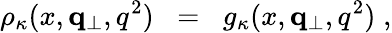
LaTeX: \rho_{\kappa}(x,{\mathbf q}_{\perp},q^{2})\; \; =\; \; g_{\kappa}(x,{\mathbf q}_{\perp},q^{2})\; ,